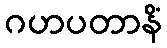
ဂဟပတာနိံ